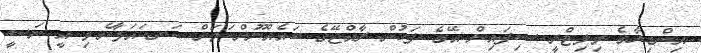
އިންޑިޔާގެ މިލިޓްރީ ސިފައިން އޭގެ ފަހުން ރާއްޖޭގެ ބައެއްނޫންކަމަށް ކަނޑައަޅާނެ.މި އީ ނަސީ